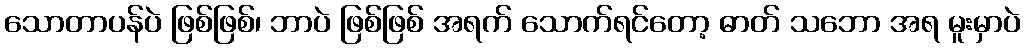
သောတာပန်ပဲ ဖြစ်ဖြစ်၊ ဘာပဲ ဖြစ်ဖြစ် အရက် သောက်ရင်တော့ ဓာတ် သဘော အရ မူးမှာပဲ